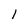
Character: l